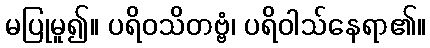
မပြုမူ၍။ ပရိဝသိတဗ္ဗံ၊ ပရိဝါသ်နေရာ၏။